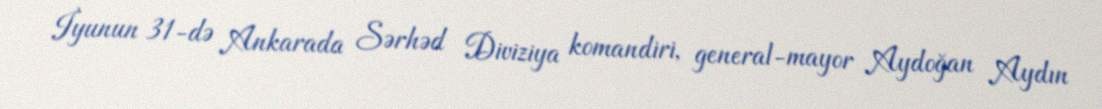
İyunun 31-də Ankarada Sərhəd Diviziya komandiri, general-mayor Aydoğan Aydın